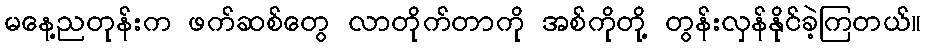
မနေ့ညတုန်းက ဖက်ဆစ်တွေ လာတိုက်တာကို အစ်ကိုတို့ တွန်းလှန်နိုင်ခဲ့ကြတယ်။